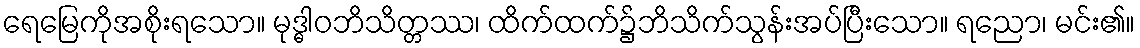
ရေမြေကိုအစိုးရသော။ မုဒ္ဓါဝဘိသိတ္တဿ၊ ထိက်ထက်၌ဘိသိက်သွန်းအပ်ပြီးသော။ ရညော၊ မင်း၏။